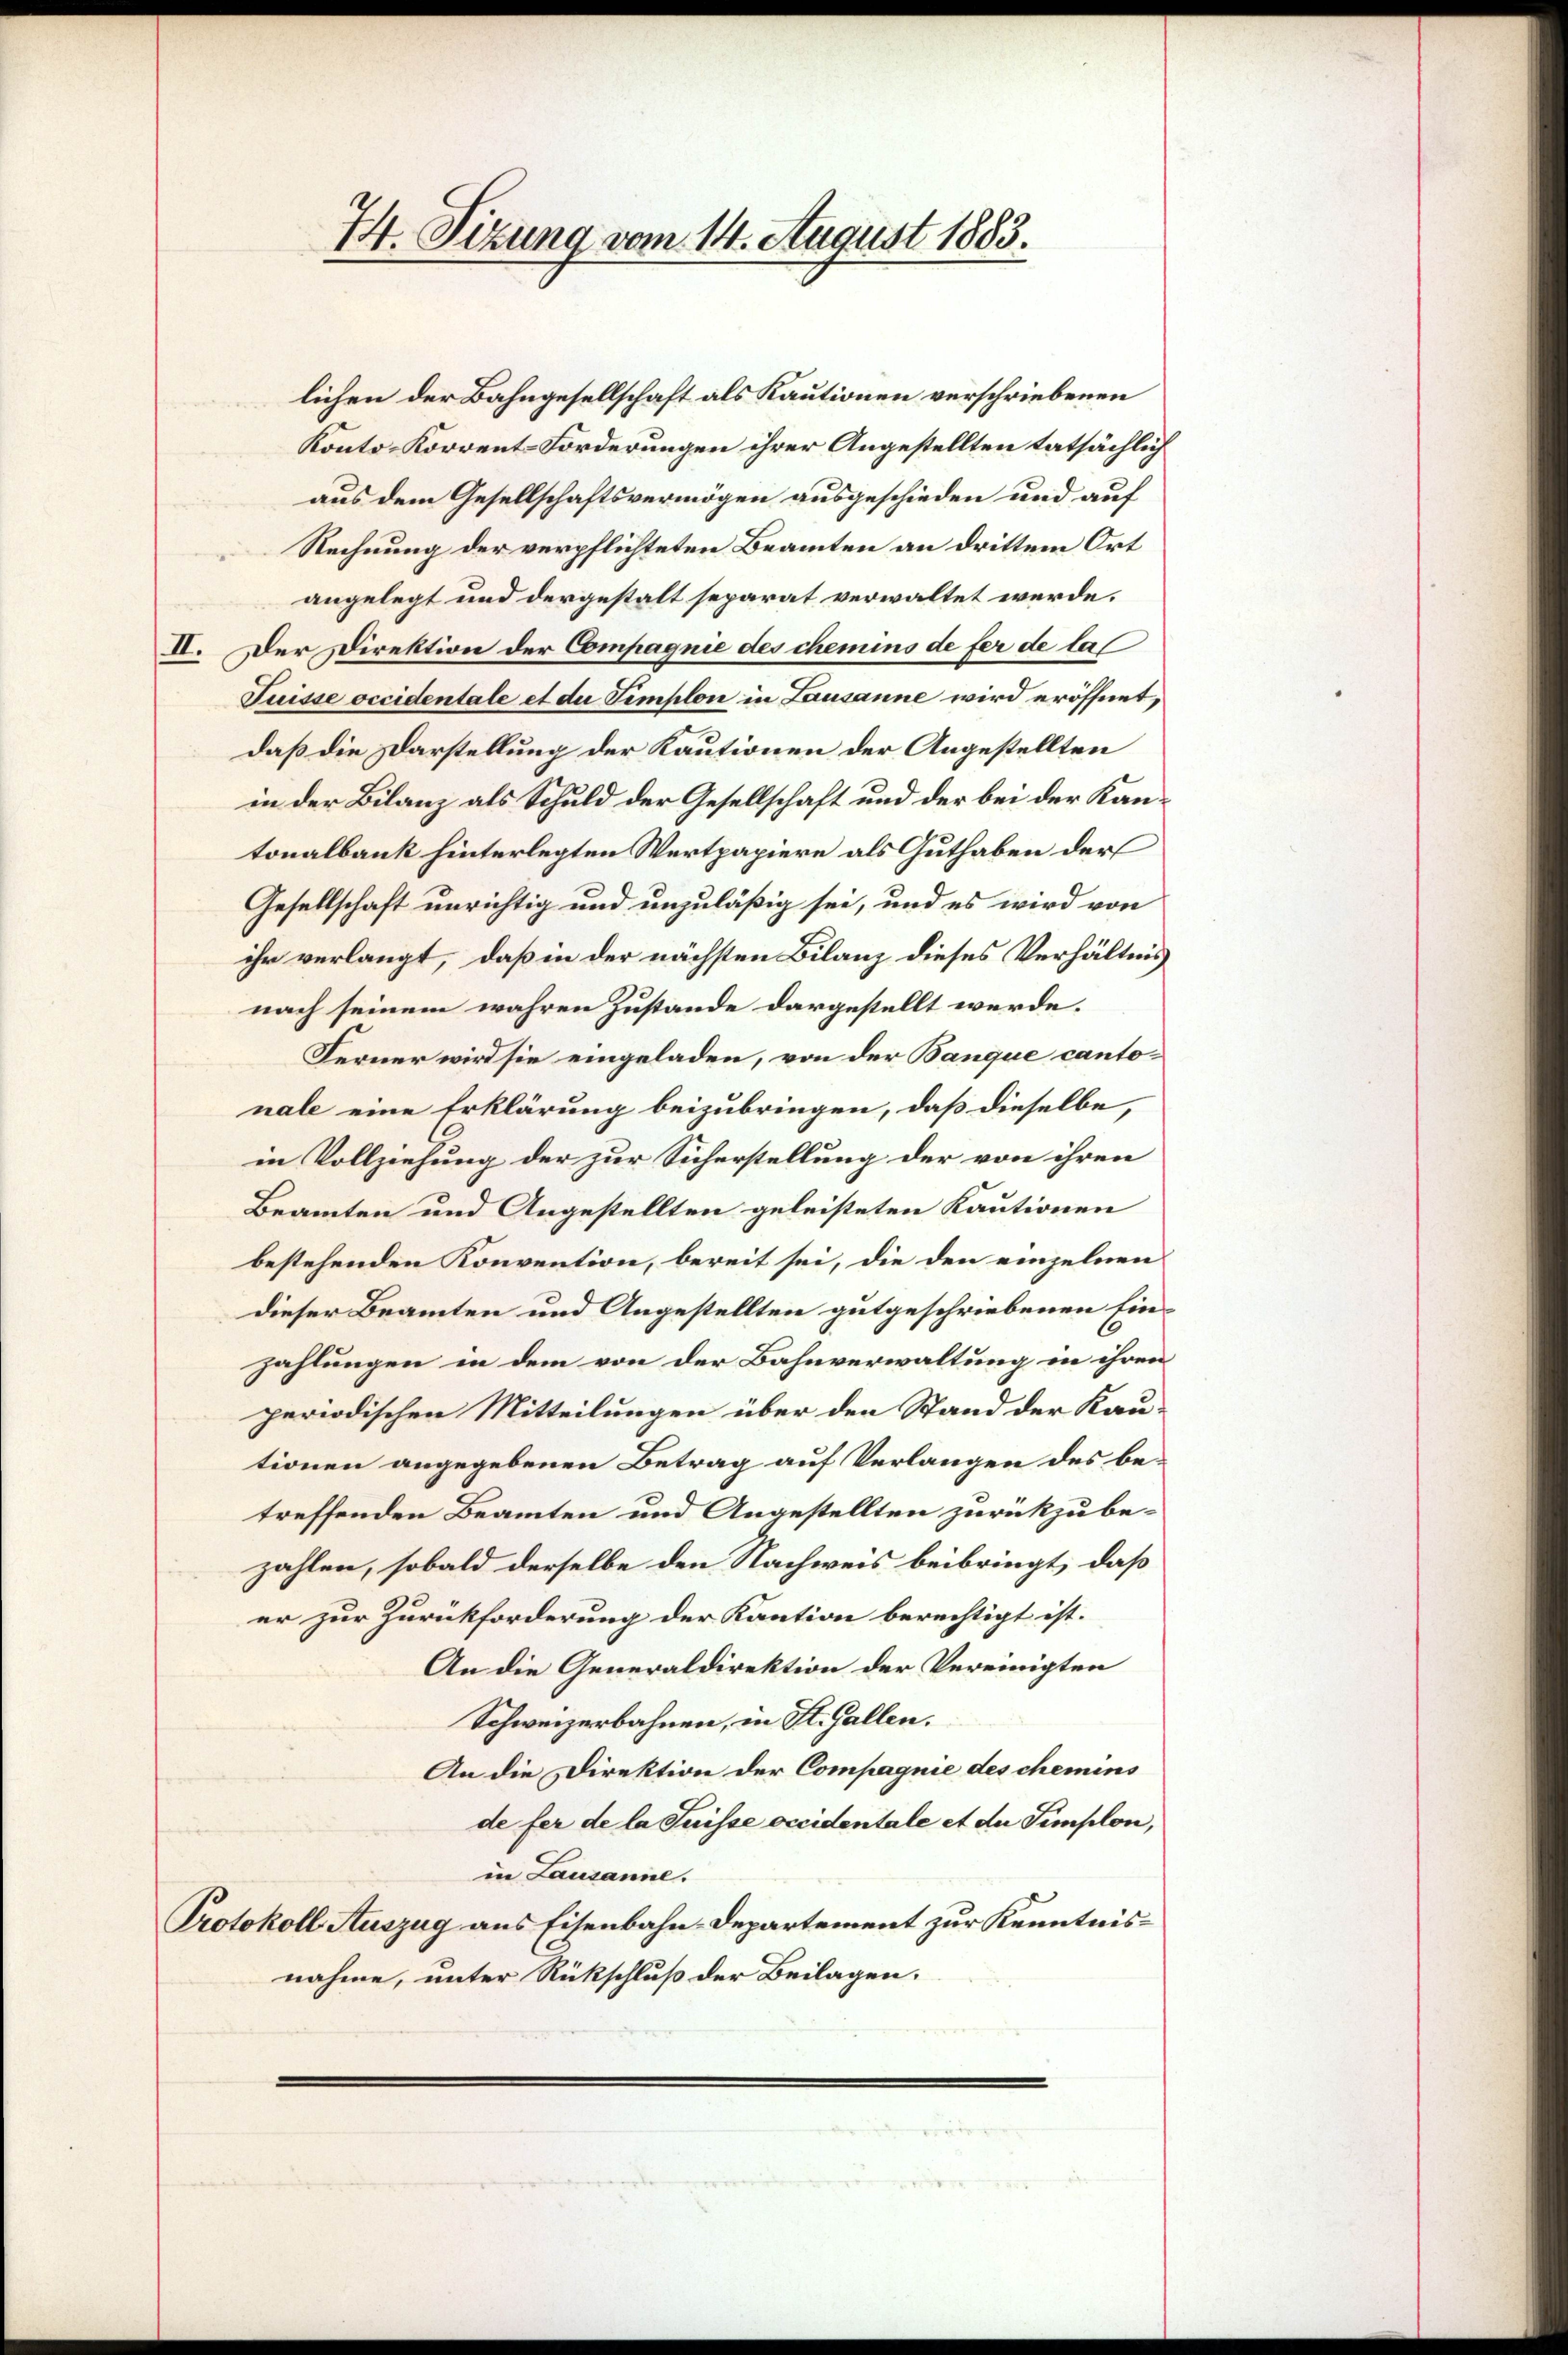
74. Sizung vom 14. August 1883.

aus dem Gesellschaftsvermögen ausgeschieden und auf
Rechnung der verpflichteten Beamten an drittem Ort
angelegt und dergestalt separat verwaltet werde.
II. Der Direktion der Compagnie des chemins de fer de la
Tuisse occidentale et du templon in Lausanne wird eröffnet,
daß die Darstellung der Kautionen der Angestellten
in der Bilanz als Schuld der Gesellschaft und der bei der Kantonalbank hinterlegten Wertpapiere als Guthaben der
Gesellschaft unrichtig und unzuläßig sei, und es wird von
ihr verlangt, daß in der nächsten Bilanz dieses Verhältnis
nach seinem wahren Zustande dargestellt werde.
Ferner wird sie eingeladen, von der Banque cantonale eine Erklärung beizubringen, daß dieselbe,
in Vollziehung der zur Sicherstellung der von ihren
Beamten und Angestellten geleisteten Kautionen
bestehenden Konvention, bereit sei, die den einzelnen
dieser Beamten und Angestellten gutgeschriebenen Einzahlungen in dem von der Bahnverwaltung in ihren
periodischen Mitteilungen über den Stand der Kautionen angegebenen Betrag auf Verlangen des betreffenden Beamten und Angestellten zurückzubezahlen, sobald derselbe den Nachweis beibringt, daß
er zur Zurückforderung der Kaution berechtigt ist.
An die Generaldirektion der Vereinigten
Schweizerbahnen, in St. Gallen.
An die Direktion der Compagnie des chemins
de fer de la Suisse occidentale et der Simplon,
in Lausanne.
Protokoll Auszug aus Eisenbahn-Departement zur Kenntnisnahme, unter Rückschluß der Beilagen.

Konto- Korrent-Forderungen ihrer Angestellten tatsächlich

lichen der Bahngesellschaft als Kautionen verschriebenen